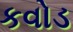
કવોડ